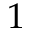
1